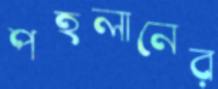
পহলানের